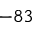
- 8 3